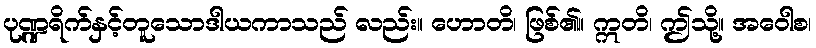
ပုဏ္ဍရိက်နှင့်တူသောဒါယကာသည် လည်း။ ဟောတိ၊ ဖြစ်၏။ ဣတိ၊ ဤသို့။ အဝေါစ၊